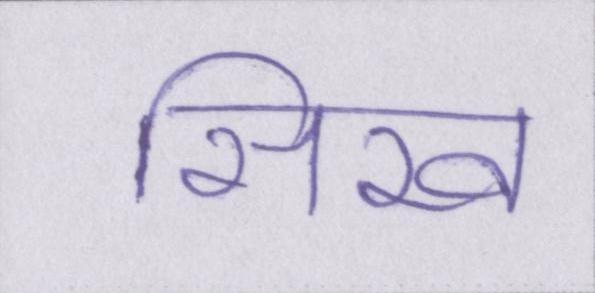
सिख